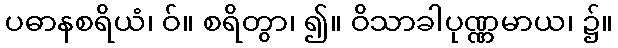
ပဓာနစရိယံ၊ ဝ်။ စရိတွာ၊ ၍။ ဝိသာခါပုဏ္ဏမာယ၊ ၌။